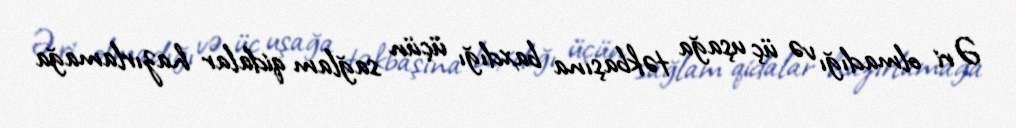
Əri olmadığı və üç uşağa təkbaşına baxdığı üçün sağlam qidalar hazırlamağa